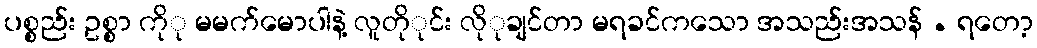
ပစ္စည်း ဥစ္စာ ကိုု မမက်မောပါနဲ့ လူတိုုင်း လိုုချင်တာ မရခင်ကသော အသည်းအသန် . ရတော့